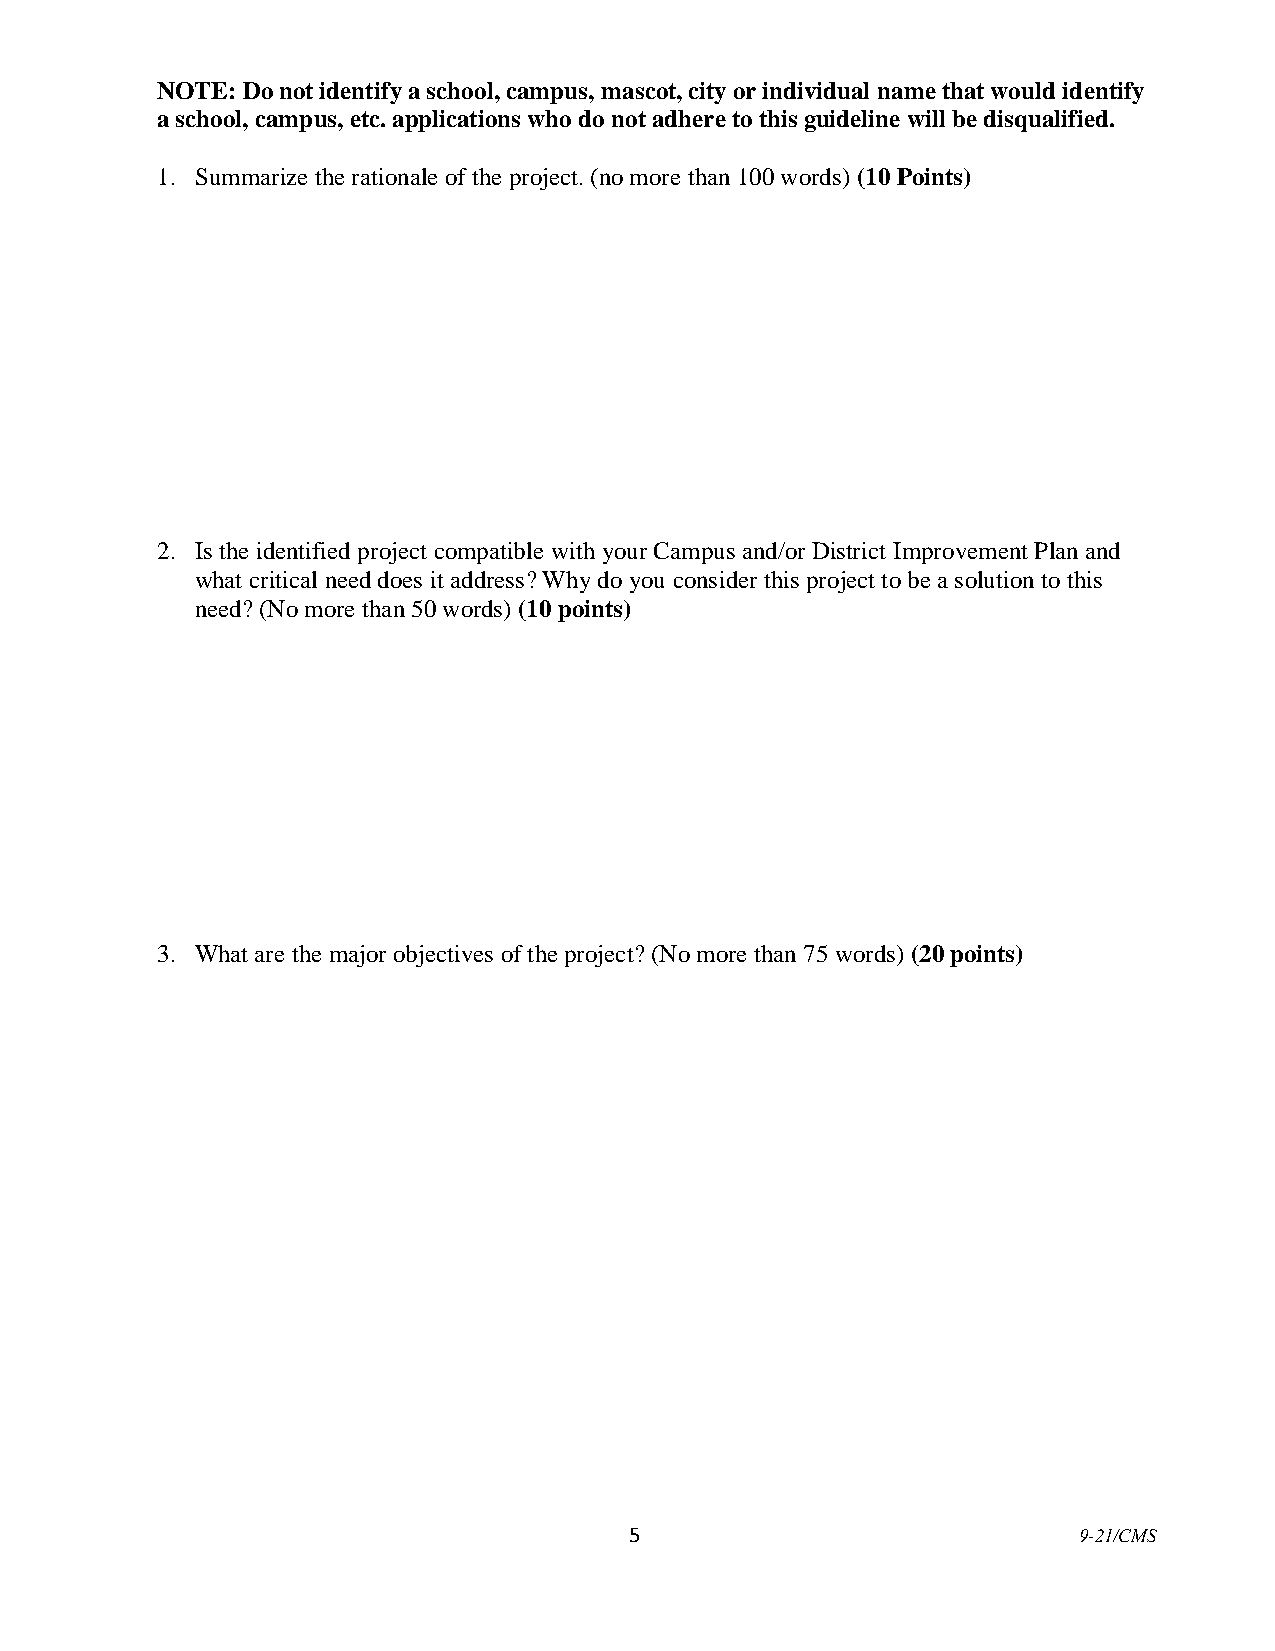
NOTE: Do not identify a school, campus, mascot, city or individual name that would identify
 a school, campus, etc. applications who do not adhere to this guideline will be disqualified.
 1. Summarize the rationale of the project. (no more than 100 words) (10 Points)
 2. Is the identified project compatible with your Campus and/or District Improvement Plan and
 what critical need does it address? Why do you consider this project to be a solution to this
 need? (No more than 50 words) (10 points)
 3. What are the major objectives of the project? (No more than 75 words) (20 points)
 5                            9-21/CMS